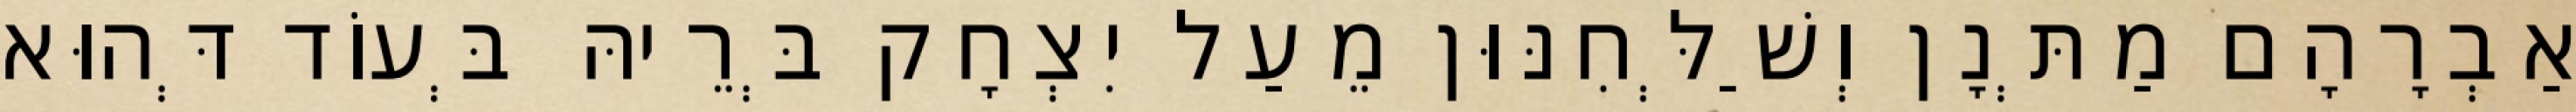
אַבְרָהָם מַתְּנָן וְשַׁלְּחִנּוּן מֵעַל יִצְחָק בְּרֵיהּ בְּעוֹד דְּהוּא